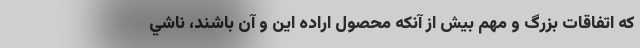
كه اتفاقات بزرگ و مهم بيش از آنكه محصول اراده اين و آن باشند، ناشي